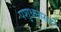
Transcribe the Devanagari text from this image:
पशुधनासह